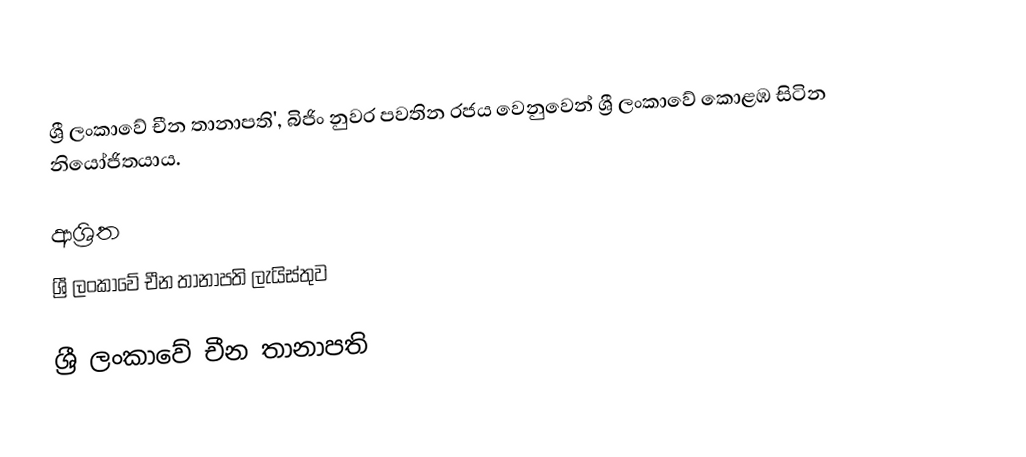
ශ්‍රී ලංකාවේ චීන තානාපති', බිජිං නුවර පවතින රජය වෙනුවෙන් ශ්‍රී ලංකාවේ කොළඹ සිටින නියෝජිතයාය.

ආශ්‍රිත
 ශ්‍රී ලංකාවේ චීන තානාපති ලැයිස්තුව

ශ්‍රී ලංකාවේ චීන තානාපති